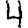
Digit: 4